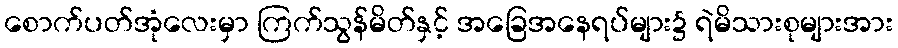
စောက်ပတ်အုံလေးမှာ ကြက်သွန်မိတ်နှင့် အခြေအနေရပ်များ၌ ရဲမိသားစုများအား